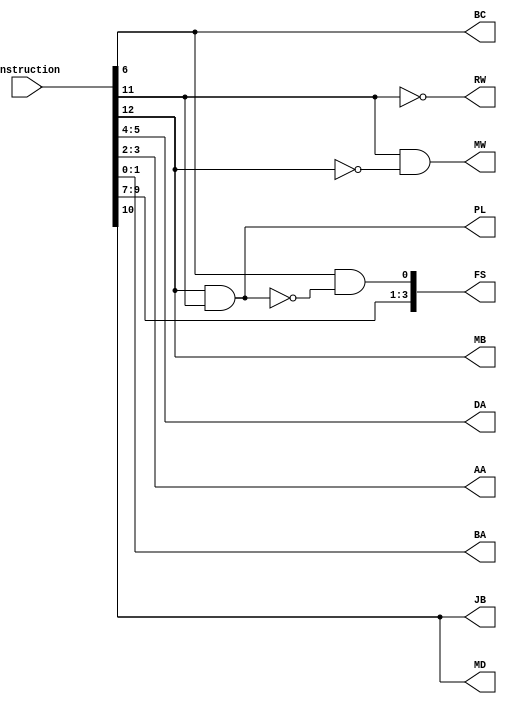
module Instruction_Decoder(Instruction, DA, AA, BA, MB, FS, MD, RW, MW, PL, JB, BC);
input [12:0] Instruction;
output [1:0] DA, AA, BA;
output MB;
output [3:0] FS;
output MD, RW, MW, PL, JB, BC;
wire f1 = Instruction[12] & Instruction[11]; //enter in before PL with AND gate

assign DA = Instruction[5:4]; //DR 
assign AA = Instruction[3:2]; //SA
assign BA = Instruction[1:0]; //BA
assign MB = Instruction[12]; //Opcode 12
assign FS[3:1] = Instruction[9:7]; //Opcode 9,8,7
assign FS[0] = Instruction[6] & (~f1); //Opcode 6
assign MD = Instruction[10]; //Opcode 10
assign RW = ~Instruction[11]; //Opcode 11
assign MW = Instruction[11] & (~Instruction[12]);  //Opcode 11 & (~12)
assign PL = f1; 
assign JB = Instruction[10]; //Opcode 10
assign BC = Instruction[6]; //Opcode 6
  
endmodule